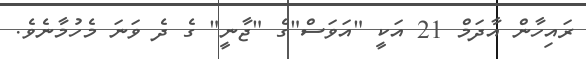
ރައިހާން އާދަމް 21 އަކީ "އަވަސް"ގެ "ޖާނީ" ގެ ދެ ވަނަ މެހުމާނެވެ.